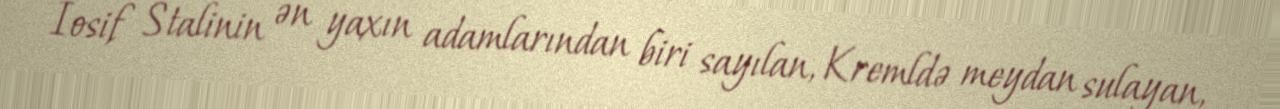
İosif Stalinin ən yaxın adamlarından biri sayılan, Kremldə meydan sulayan,